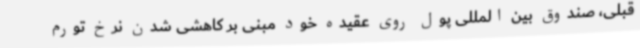
قبلی، صندوق بین المللی پول روی عقیده خود مبنی بر کاهشی شدن نرخ تورم